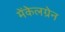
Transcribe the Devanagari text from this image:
मेंकेलग्रेन